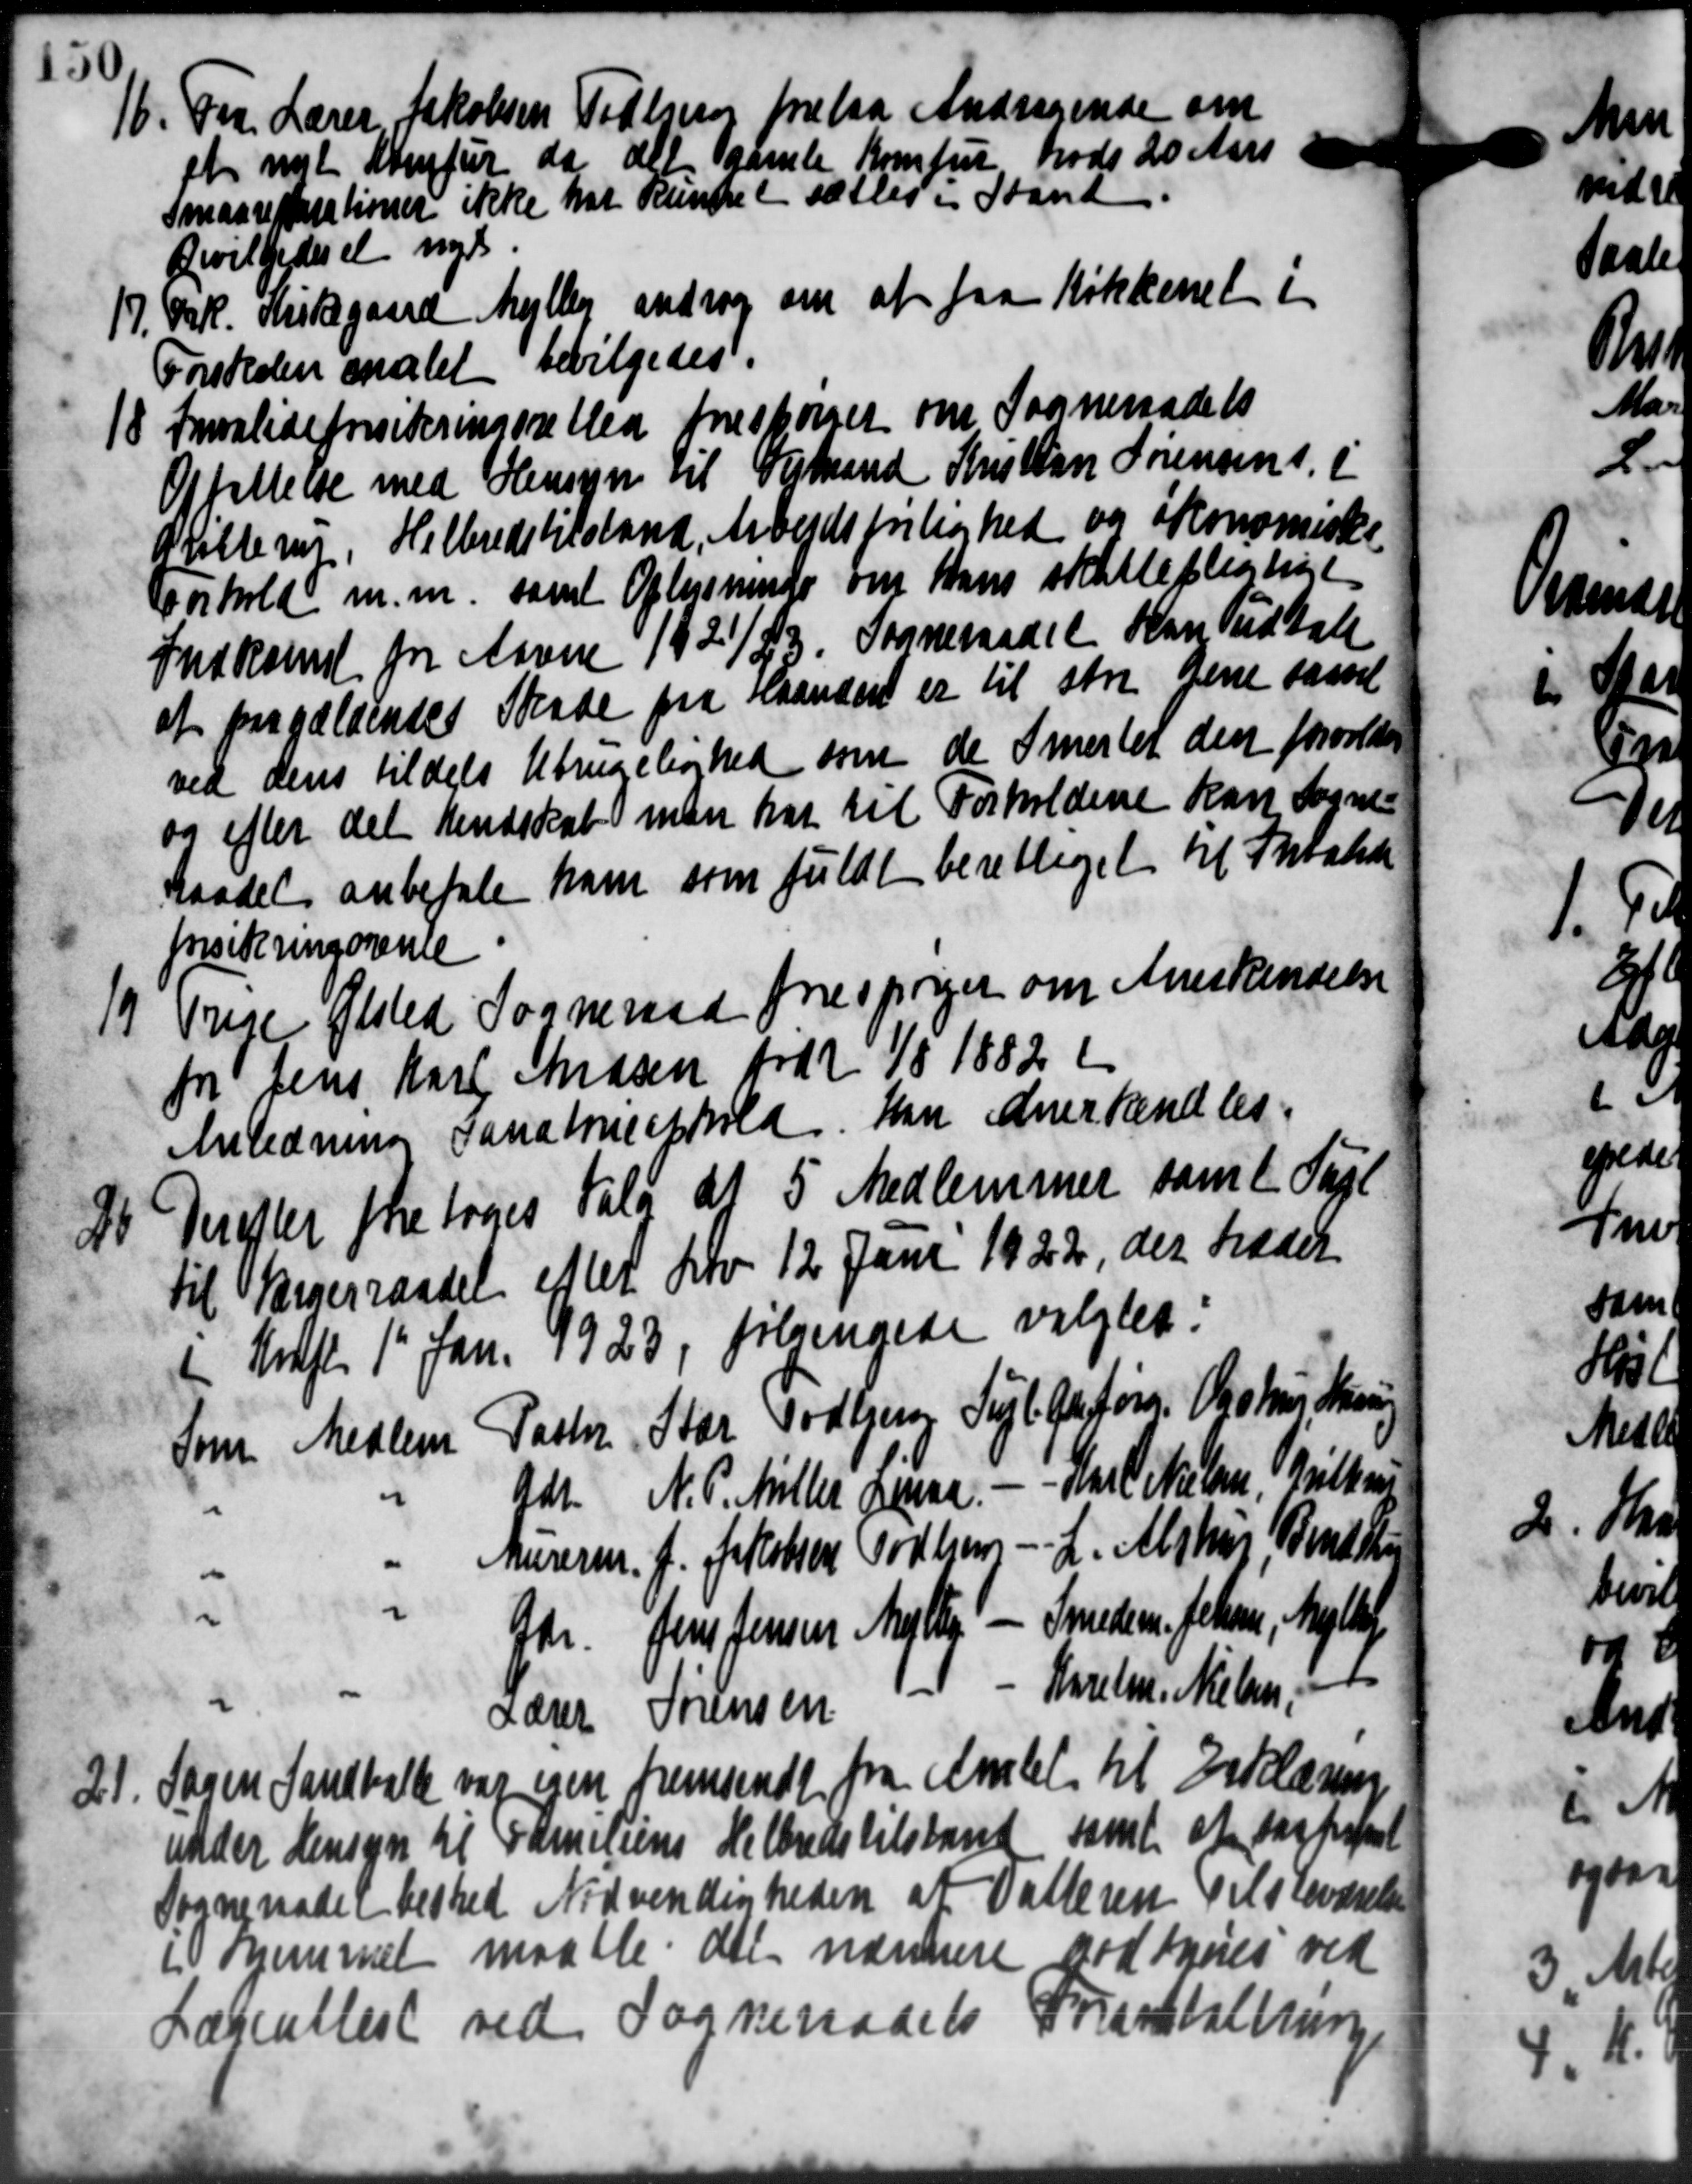
Transskription:
16.
Fra Lærer Jakobsen Todbjerg forelaa Andragende om
et nyt Komfur da det gamle Komfur trods 20 Aars

Smaareparationer ikke har kundet sættes i Stand
Bevilgedes et nyt.
17. Frk. Kirkegaard Mejlby androg om at faa Køkkenet i
17. Frk. Kirkegaard Mejlby androg om at faa Køkkenet i
Forskolen skalet bevilgedes.
18
Invalideforsikringsretted forespørger om Sogneraadets
Opfattelse med Hensyn til Vejmand Kristian Sørensens i
Grillerup, Helbredstilstand, Arbejdsforlighed og økonomiske
Forhold m.m. samt Oplysning om hans skattepligtige
Indkomst for Aavne 1921/23. Sogneraadet kan udtale
at paagældendes Skade fra Haanden er til stor gene samt
ved dens tildels Ubrugelighed som de Smerter den forvalte
og efter det hendskab man har til Forholdene kan Sogne-
Raadet anbefale ham som fuldt berettiget til Maalede
forsikringsrente
19
Trige Ølsted Sogneraad forespørger om Anerkendelse
for Jens Karl Madsen født. 1/8 1882 i
Anledning Sanatoriephold. Han anerkendtes.
2. Derefter foretoges Valg af 5 Medlemmer samt Sage
2. Derefter foretoges Valg af 5 Medlemmer samt Sage
til Sorgerraadet efter Lov 12 Juni 1922, der trædet
i Kraft 1' Jan. 1923, følgendede valgtes:
Som Medlem Pastor Star Todbjerg Supl. Gefører Olstrus Skri
Juel Nielsen Nilsen
Adr. N. P. Miller Jense
L. Alshus, Bendsen
Murerm. J. Jakobsen Todbjer
Smedem. Johan, Mylle
Gdr. Jens Jensen Nytter
Karelm. Nielsen,
Lærer Sørensen
21. Søren Sandballe var egen fremsendte fra Amtet til Erklæring
21. Søren Sandballe var egen fremsendte fra Amtet til Erklæring
samt at saafregnet
under Hensyn til Fammersens Helbredstilstand
Sogneraadet bested Nødvendigheden at Datteren Tilsleværelse
i Hjemmet maatte det nærmere godtgøres ved
Lægeattest ved Sogneraadets Foranstaltning